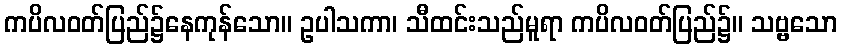
ကပိလဝတ်ပြည်၌နေကုန်သော။ ဥပါသကာ၊ သီထင်းသည်မူရာ ကပိလဝတ်ပြည်၌။ သဗ္ဗသော